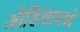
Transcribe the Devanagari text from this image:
ओडिसामध्ये